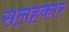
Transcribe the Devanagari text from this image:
सलहकार